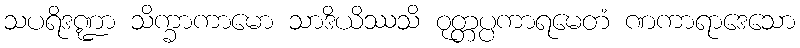
သပရိဒဏ္ဍာ သိက္ခာကာမော သာဒိယိဿသိ ဝုတ္တပ္ပကာရမေတံ ဏကာရာဒေသော